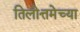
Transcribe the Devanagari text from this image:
तिलोत्तमेच्या